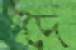
দৈ